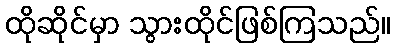
ထိုဆိုင်မှာ သွားထိုင်ဖြစ်ကြသည်။